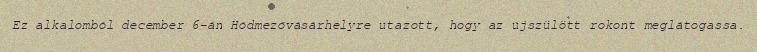
Ez alkalomból december 6-án Hódmezővásárhelyre utazott, hogy az újszülött rokont meglátogassa.